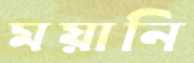
ময়ানি